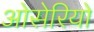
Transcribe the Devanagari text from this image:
ओसेरियो